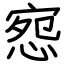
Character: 惌